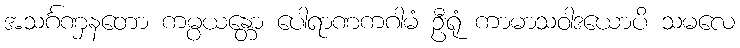
အသင်္ဂဏှနတော ကမ္ပယန္တော ပေါရာဏကဂါမံ ဦရုံ ကာမာသဝါဒယောပိ သမလေ